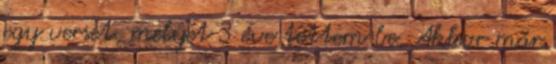
egy verset, melyet 3 éve tettem be. Akkor már